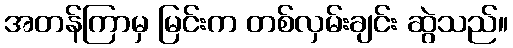
အတန်ကြာမှ မြင်းက တစ်လှမ်းချင်း ဆွဲသည်။